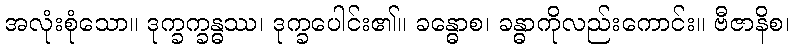
အလုံးစုံသော။ ဒုက္ခက္ခန္ဓဿ၊ ဒုက္ခပေါင်း၏။ ခန္ဓောစ၊ ခန္ဓာကိုလည်းကောင်း။ ဗီဇာနိစ၊